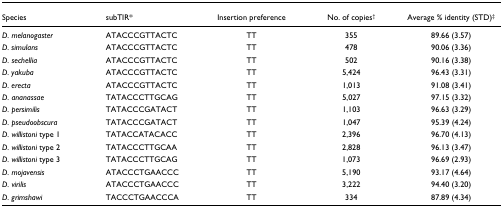
<table><thead><tr><td><b>Species</b></td><td><b>subTIR*</b></td><td><b>Insertion preference</b></td><td><b>No. of copies<sup>†</sup></b></td><td><b>Average % identity (STD)<sup>‡</sup></b></td></tr></thead><tbody><tr><td><i>D. melanogaster</i></td><td>ATACCCGTTACTC</td><td>TT</td><td>355</td><td>89.66 (3.57)</td></tr><tr><td><i>D. simulans</i></td><td>ATACCCGTTACTC</td><td>TT</td><td>478</td><td>90.06 (3.36)</td></tr><tr><td><i>D. sechellia</i></td><td>ATACCCGTTACTC</td><td>TT</td><td>502</td><td>90.16 (3.38)</td></tr><tr><td><i>D. yakuba</i></td><td>ATACCCGTTACTC</td><td>TT</td><td>5,424</td><td>96.43 (3.31)</td></tr><tr><td><i>D. erecta</i></td><td>ATACCCGTTACTC</td><td>TT</td><td>1,013</td><td>91.08 (3.41)</td></tr><tr><td><i>D. ananassae</i></td><td>TATACCCTTGCAG</td><td>TT</td><td>5,027</td><td>97.15 (3.32)</td></tr><tr><td><i>D. persimilis</i></td><td>TATACCCGATACT</td><td>TT</td><td>1,103</td><td>96.63 (3.29)</td></tr><tr><td><i>D. pseudoobscura</i></td><td>TATACCCGATACT</td><td>TT</td><td>1,047</td><td>95.39 (4.24)</td></tr><tr><td><i>D. willistoni </i>type 1</td><td>TATACCATACACC</td><td>TT</td><td>2,396</td><td>96.70 (4.13)</td></tr><tr><td><i>D. willistoni </i>type 2</td><td>TATACCCTTGCAA</td><td>TT</td><td>2,828</td><td>96.13 (3.47)</td></tr><tr><td><i>D. willistoni </i>type 3</td><td>TATACCCTTGCAG</td><td>TT</td><td>1,073</td><td>96.69 (2.93)</td></tr><tr><td><i>D. mojavensis</i></td><td>ATACCCTGAACCC</td><td>TT</td><td>5,190</td><td>93.17 (4.64)</td></tr><tr><td><i>D. virilis</i></td><td>ATACCCTGAACCC</td><td>TT</td><td>3,222</td><td>94.40 (3.20)</td></tr><tr><td><i>D. grimshawi</i></td><td>TACCCTGAACCCA</td><td>TT</td><td>334</td><td>87.89 (4.34)</td></tr></tbody></table>